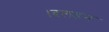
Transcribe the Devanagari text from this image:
।दलहन